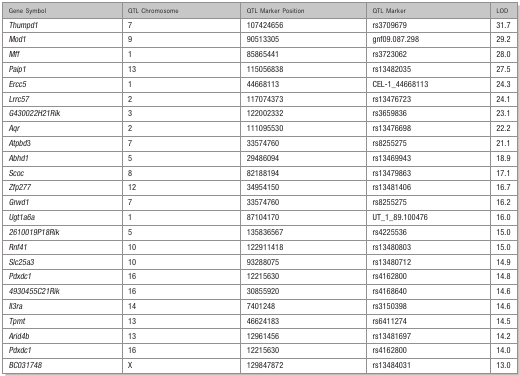
| Gene Symbol | QTL Chromosome | QTL Marker Position | QTL Marker | LOD |
 | --- | --- | --- | --- | --- |
 | Thumpd1 | 7 | 107424656 | rs3709679 | 31.7 |
 | Mod1 | 9 | 90513305 | gnf09.087.298 | 29.2 |
 | Mff | 1 | 85865441 | rs3723062 | 28.0 |
 | Paip1 | 13 | 115056838 | rs13482035 | 27.5 |
 | Ercc5 | 1 | 44668113 | CEL‐1_44668113 | 24.3 |
 | Lrrc57 | 2 | 117074373 | rs13476723 | 24.1 |
 | G430022H21Rik | 3 | 122002332 | rs3659836 | 23.1 |
 | Aqr | 2 | 111095530 | rs13476698 | 22.2 |
 | Atpbd3 | 7 | 33574760 | rs8255275 | 21.1 |
 | Abhd1 | 5 | 29486094 | rs13469943 | 18.9 |
 | Scoc | 8 | 82188194 | rs13479863 | 17.1 |
 | Zfp277 | 12 | 34954150 | rs13481406 | 16.7 |
 | Grwd1 | 7 | 33574760 | rs8255275 | 16.2 |
 | Ugt1a6a | 1 | 87104170 | UT_1_89.100476 | 16.0 |
 | 2610019P18Rik | 5 | 135836567 | rs4225536 | 15.0 |
 | Rnf41 | 10 | 122911418 | rs13480803 | 15.0 |
 | Slc25a3 | 10 | 93288075 | rs13480712 | 14.9 |
 | Pdxdc1 | 16 | 12215630 | rs4162800 | 14.8 |
 | 4930455C21Rik | 16 | 30855920 | rs4168640 | 14.6 |
 | Il3ra | 14 | 7401248 | rs3150398 | 14.6 |
 | Tpmt | 13 | 46624183 | rs6411274 | 14.5 |
 | Arid4b | 13 | 12961456 | rs13481697 | 14.2 |
 | Pdxdc1 | 16 | 12215630 | rs4162800 | 14.0 |
 | BC031748 | X | 129847872 | rs13484031 | 13.0 |